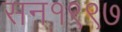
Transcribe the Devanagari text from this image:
सन१९९७